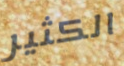
الكثير